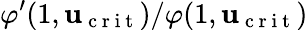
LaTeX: \varphi^{\prime}(1,\mathbf{u}_{\mathrm{{~c~r~i~t~}}})/\varphi(1,\mathbf{u}_{\mathrm{{~c~r~i~t~}}})